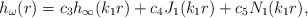
\begin{align*}h_{\omega}(r) = c_3 h_{\infty}(k_1r) + c_4 J_1(k_1r) + c_5 N_1(k_1r),\end{align*}